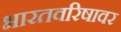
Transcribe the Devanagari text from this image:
भारतवरिषावर